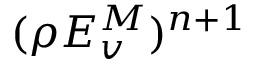
( \rho E _ { v } ^ { M } ) ^ { n + 1 }